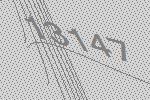
13147